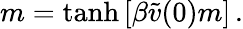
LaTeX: m=\operatorname{tanh}\left[\beta\widetilde{v}(0)m\right]\, .